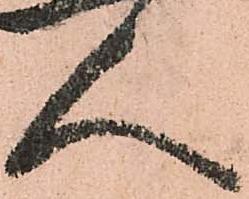
人